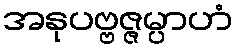
အနုပဗ္ဗဇ္ဇမ္ပာဟံ